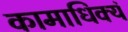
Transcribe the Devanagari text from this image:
कामाधिक्यं